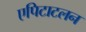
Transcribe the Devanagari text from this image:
एपिटाटलन